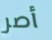
أصر